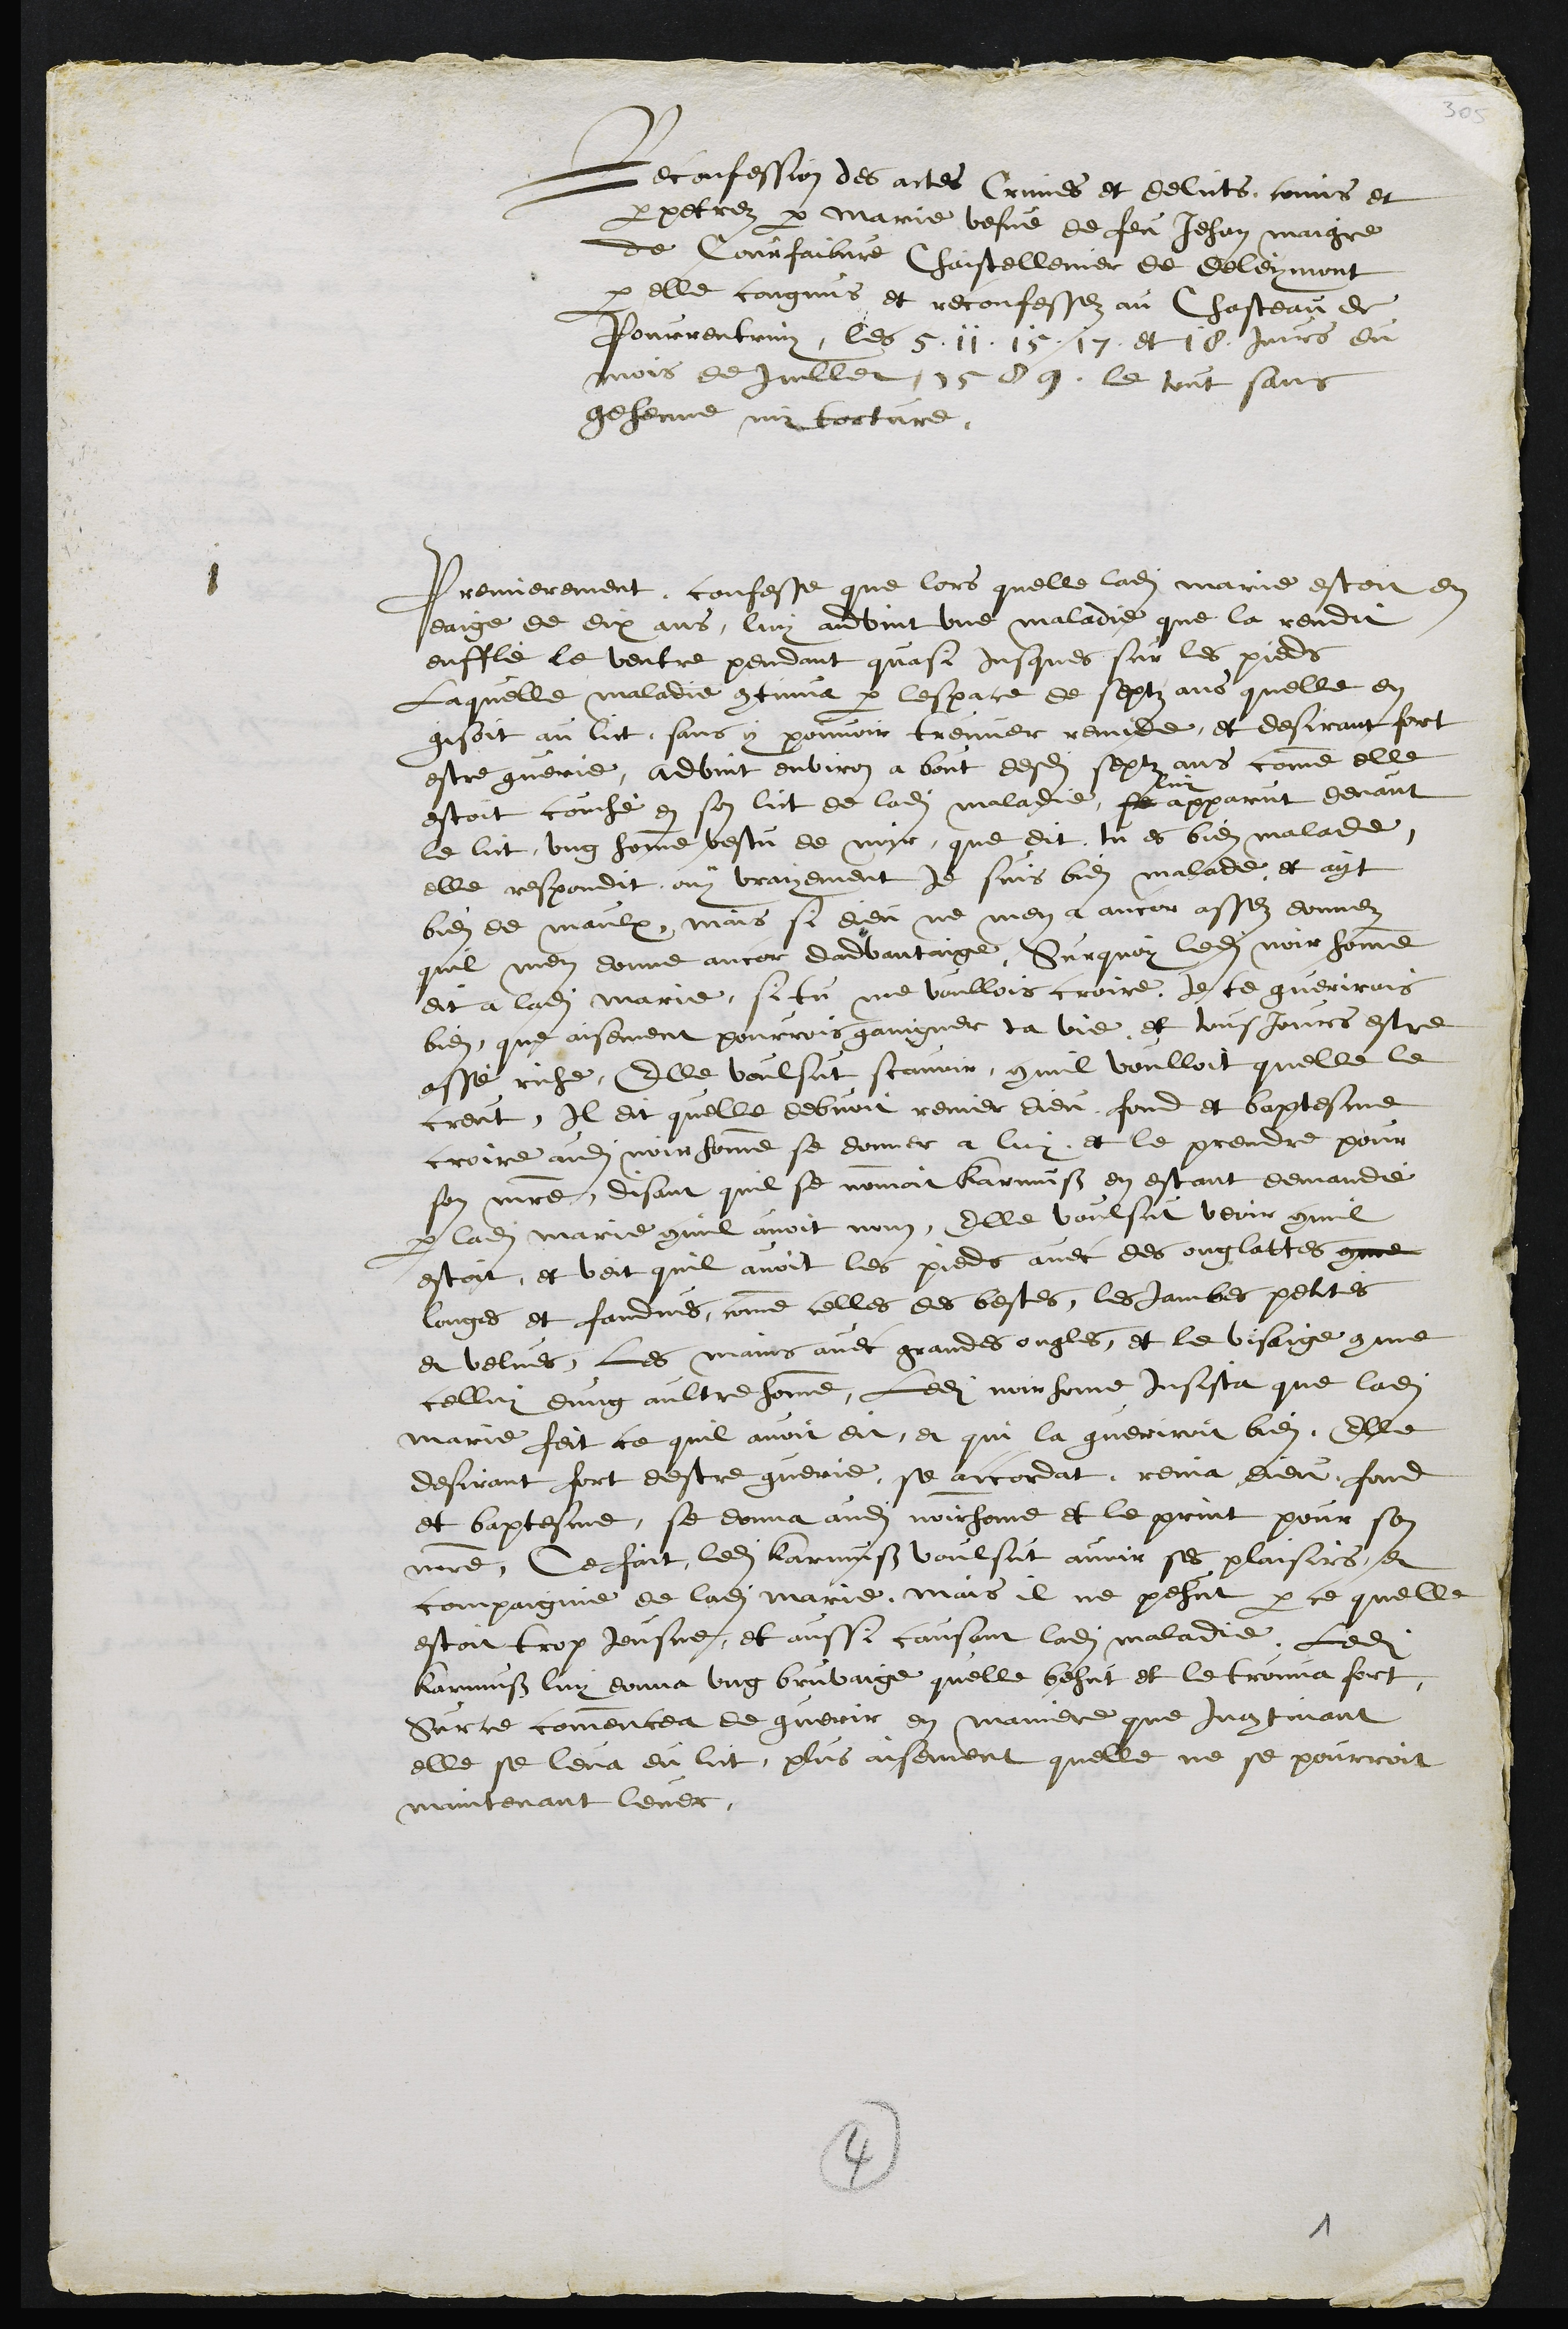
Reconfession des actes Crimes et delicts, comis et
perpetrez par Marie vefve de feu Jehan Maigre
de Courfaibvre Chastellenier de Deleymont
par elle congnus et reconfessez au Chasteau de
Pourrentruy, les 5 11 15 17 et 18 jours du
mois de Juillet 1589, le tout sans
gehenne ny torture,
1
Premierement, confesse que lors quelle ladite Marie estoit en
eaige de dix ans, luy advint une maladie que la rendit
enfflé le ventre pendant quasi jusques sur les pieds
Laquelle maladie continua par lespace de septz ans quelle en
gisoit au lict, sans y pouvoit treuver remide, et desirant fort
estre guerie, advint environ a bout desdits septz ans comme elle
estoit couché en son lict de ladite maladie, se
luy
apparut devant
le lict ung homme vestu de noir que dit tu es bien malade,
elle respondit ouy vrayement je suis bien malade, et ayt
bien de maulx, mais si dieu ne men a ancor assez donnez
quil men donne ancor dadvantaige. Surquoy ledit noir homme
dit a ladite Marie, si tu me voullois croire, je te guerirois
bien, que aisement pourrois gaingner ta vie, et tousjours estre
assé riche, Elle voulsut scavoir commil voulloit quelle le
creut, Il dit quelle debvoit renier dieu, fond et baptesme
croire audit noir homme se donner a luy, et le prendre pour
son maitre, disant quil se nommoit Karmuss en estant demandé
par ladite Marie commil avoit nom, Elle voulsut veoir commil
estoit, et veit quil avoit les pieds avec des onglattes comme
longes et fandus, comme celles des bestes, les jambes petites
et velues, les mains avec grandes ongles, et le visaige comme
cellui dung aultre homme, Ledit noir home Insista que ladite
Marie feit ce quil avoit dit, et qui la gueriroit bien, Elle
desirant fort destre guerie, se accordat, renia dieu, fond
et baptesme, se donna audit noir home et le print pour son
maitre, Ce fait, ledit Karmuss voulsut avoir ses plaisirs, et
compaignie de ladite Marie, mais il ne pehut par ce quelle
estoit trop Jeusne, et aussi causant ladite maladie, Ledit
Karmuss luy donna ung bruvaige quelle behut et le trouva fort
Sur ce commencea de guerir en maniere que Incontinant
elle se leva du lict plus aisement quelle ne se pourroit
maintenant lever,

4
1